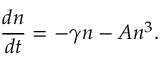
\frac { d n } { d t } = - \gamma n - A n ^ { 3 } .